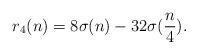
LaTeX: \begin{align*}r_{4}(n) = 8\sigma(n) - 32\sigma(\frac{n}{4}). \end{align*}